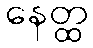
နေတ္ထ